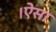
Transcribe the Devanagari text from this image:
।ऐसा